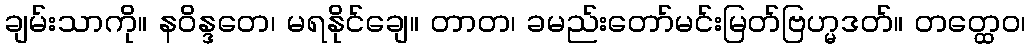
ချမ်းသာကို။ နဝိန္ဒတေ၊ မရနိုင်ချေ။ တာတ၊ ခမည်းတော်မင်းမြတ်ဗြဟ္မဒတ်။ တတ္ထေဝ၊